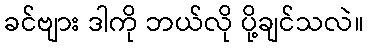
ခင်ဗျား ဒါကို ဘယ်လို ပို့ချင်သလဲ။